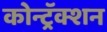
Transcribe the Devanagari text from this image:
कोन्ट्रॅक्शन